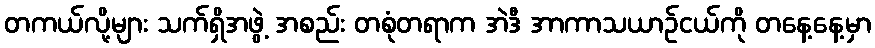
တကယ်လို့များ သက်ရှိအဖွဲ့ အစည်း တစုံတရာက အဲဒီ အာကာသယာဉ်ငယ်ကို တနေ့နေ့မှာ